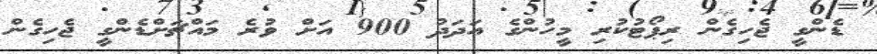
ޑެންގީ ޖެހިގެން ރިޕޯޓުކުރި މީހުންގެ އަދަދު 900 އަށް ވުރެ މައްޗަށްޑެންގީ ޖެހިގެން